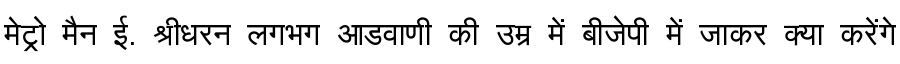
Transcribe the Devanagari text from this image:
मेट्रो मैन ई. श्रीधरन लगभग आडवाणी की उम्र में बीजेपी में जाकर क्या करेंगे